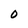
Character: 0